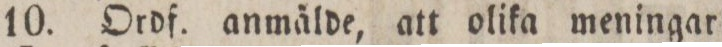
10. Ordf. anmälde, att olika meningar